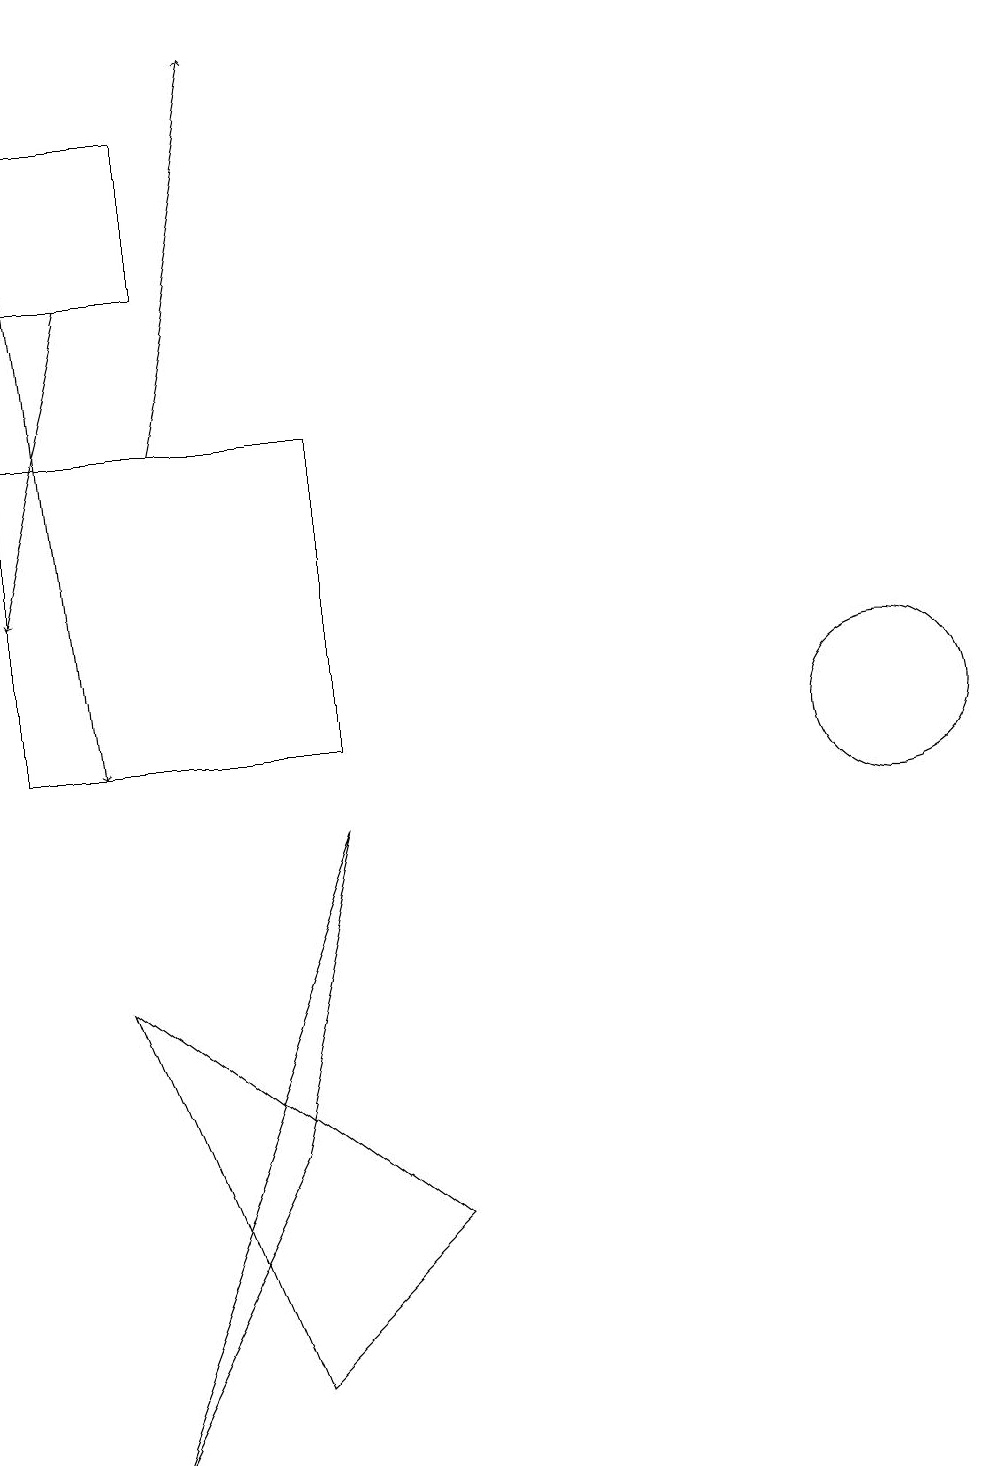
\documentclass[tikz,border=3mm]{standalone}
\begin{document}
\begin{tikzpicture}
\draw (12,10) circle (1);
\draw (1,14) rectangle (5,10);
\draw (6,4) -- (2,7) -- (4,2) -- cycle;
\draw[->] (2,16) -- (1,12);
\draw[->] (3,14) -- (4,19);
\draw (3,18) rectangle (1,16);
\draw[->] (1,19) -- (2,10);
\draw (2,1) -- (4,5) -- (5,9) -- cycle;
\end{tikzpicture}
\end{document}